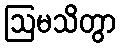
ဩမသိတွာ